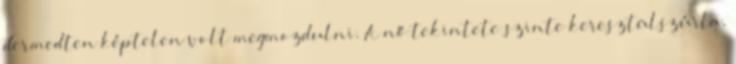
dermedten képtelen volt megmozdulni. A nő tekintete szinte keresztülszúrta,